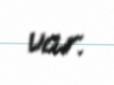
var.